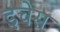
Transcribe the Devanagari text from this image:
इचेस